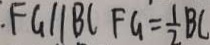
F G / / B C F G = \frac { 1 } { 2 } B C